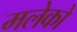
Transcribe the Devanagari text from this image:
मलेको